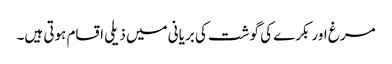
مرغ اور بکرے کی گوشت کی بریانی میں ذیلی اقسام ہوتی ہیں۔